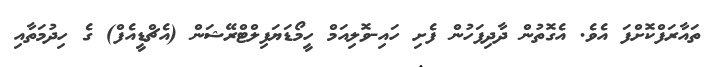
ތައާރަފްކޮށްފަ އެވެ. އެގޮތުން ދާދިފަހުން ފެށި ހައި-ވޮލިއަމް ހީމޯޑަޔަފިލްޓްރޭޝަން (އެޗްޑީއެފް) ގެ ހިދުމަތާއި